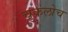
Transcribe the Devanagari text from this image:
चुकलोच